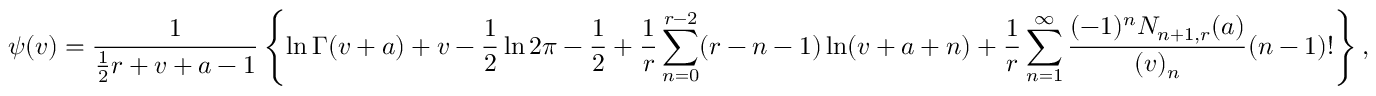
\psi ( v ) = { \frac { 1 } { { \frac { 1 } { 2 } } r + v + a - 1 } } \left\{ \ln \Gamma ( v + a ) + v - { \frac { 1 } { 2 } } \ln 2 \pi - { \frac { 1 } { 2 } } + { \frac { 1 } { r } } \sum _ { n = 0 } ^ { r - 2 } ( r - n - 1 ) \ln ( v + a + n ) + { \frac { 1 } { r } } \sum _ { n = 1 } ^ { \infty } { \frac { ( - 1 ) ^ { n } N _ { n + 1 , r } ( a ) } { ( v ) _ { n } } } ( n - 1 ) ! \right\} ,